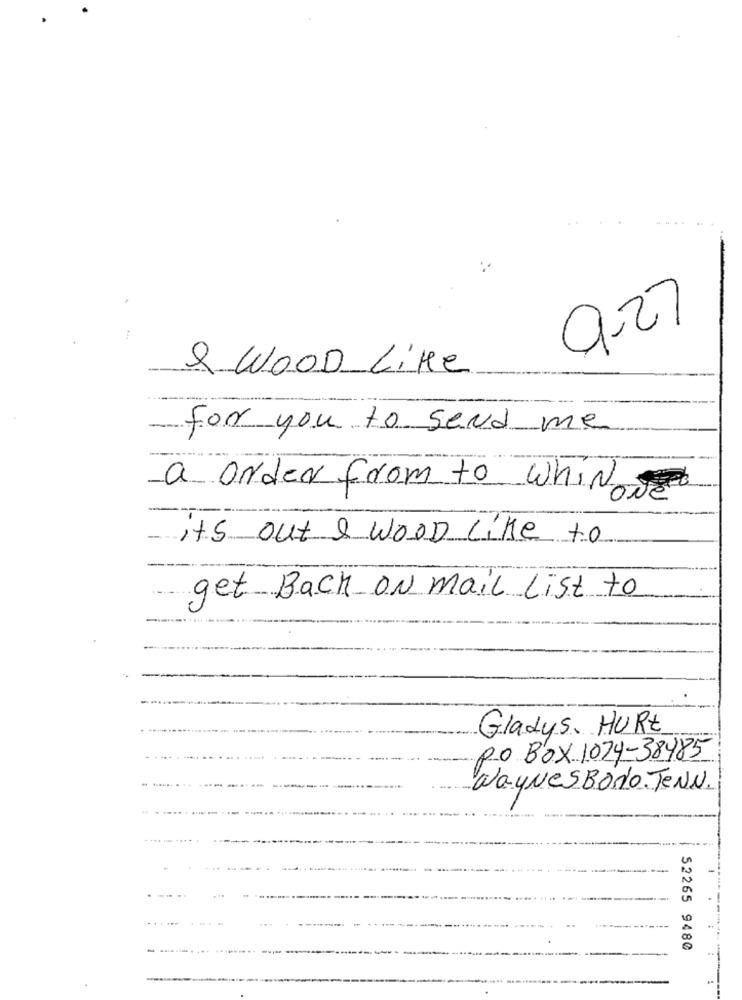
9.27
& WOOD Like
For you to send me
a order from to whiNowe
it's out & WOOD Like to
get Back ON mail List to
Gladys. HURE
po Box 1074-38485
WayNesBoro. TENN.
52265 9480